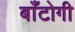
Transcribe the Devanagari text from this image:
बाँटोगी